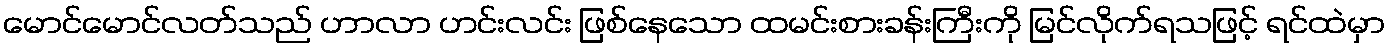
မောင်မောင်လတ်သည် ဟာလာ ဟင်းလင်း ဖြစ်နေသော ထမင်းစားခန်းကြီးကို မြင်လိုက်ရသဖြင့် ရင်ထဲမှာ